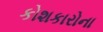
કોશકારોના